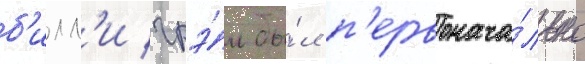
б'илл'и грэ́м бы́л п'ервонача́льно